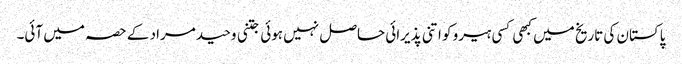
پاکستان کی تاریخ میں کبھی کسی ہیرو کو اتنی پذیرائی حاصل نہیں ہوئی جتنی وحید مراد کے حصہ میں آئی۔